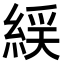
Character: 𫃭